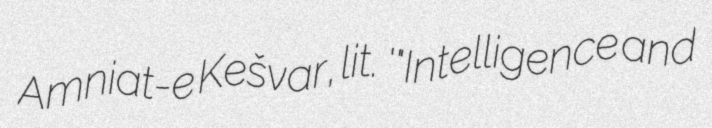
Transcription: Amniat-e Kešvar, lit. '"Intelligence and